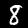
Digit: 8